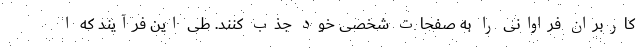
کاربران فراوانی را به صفحات شخصی خود جذب کنند. طی این فرآیند که ا